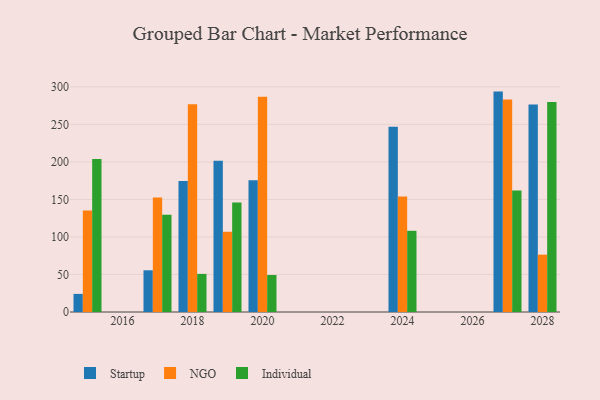
{"axis": {"x": "Year", "y": "Humidity (%)"}, "legend": ["Individual", "NGO", "Startup"], "data": [{"x": "2019", "y": 201.7, "type": "Startup"}, {"x": "2019", "y": 106.9, "type": "NGO"}, {"x": "2019", "y": 145.8, "type": "Individual"}, {"x": "2027", "y": 293.7, "type": "Startup"}, {"x": "2027", "y": 283.3, "type": "NGO"}, {"x": "2027", "y": 161.8, "type": "Individual"}, {"x": "2024", "y": 246.9, "type": "Startup"}, {"x": "2024", "y": 153.8, "type": "NGO"}, {"x": "2024", "y": 108.2, "type": "Individual"}, {"x": "2017", "y": 55.6, "type": "Startup"}, {"x": "2017", "y": 152.7, "type": "NGO"}, {"x": "2017", "y": 129.7, "type": "Individual"}, {"x": "2028", "y": 276.5, "type": "Startup"}, {"x": "2028", "y": 76.4, "type": "NGO"}, {"x": "2028", "y": 279.8, "type": "Individual"}, {"x": "2015", "y": 24.1, "type": "Startup"}, {"x": "2015", "y": 135.1, "type": "NGO"}, {"x": "2015", "y": 203.9, "type": "Individual"}, {"x": "2020", "y": 175.6, "type": "Startup"}, {"x": "2020", "y": 286.7, "type": "NGO"}, {"x": "2020", "y": 49.3, "type": "Individual"}, {"x": "2018", "y": 174.5, "type": "Startup"}, {"x": "2018", "y": 276.8, "type": "NGO"}, {"x": "2018", "y": 50.8, "type": "Individual"}]}